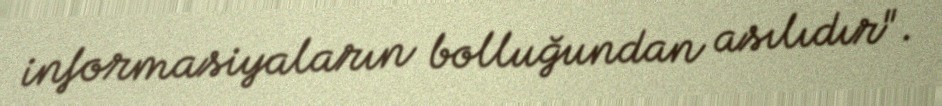
informasiyaların bolluğundan asılıdır".